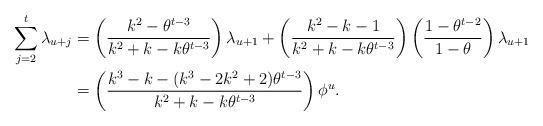
LaTeX: \begin{align*}\sum_{j=2}^t\lambda_{u+j}&=\left(\frac{k^2-\theta^{t-3}}{k^2+k-k\theta^{t-3}}\right)\lambda_{u+1}+\left(\frac {k^2-k-1}{k^2+k-k\theta^{t-3}}\right)\left( \frac{1-\theta^{t-2}}{1-\theta}\right)\lambda_{u+1}\\&=\left( \frac{k^3-k-(k^3-2k^2+2)\theta^{t-3}}{k^2+k-k\theta^{t-3}}\right) \phi^u.\end{align*}